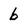
Character: 6